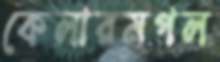
কেলারমপল